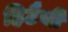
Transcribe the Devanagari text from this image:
हिटैची